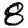
Digit: 8